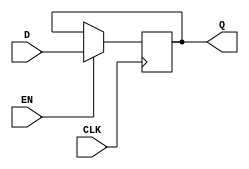
module Gated_DLatch (
    input D,
    input CLK,
    input EN,
    output reg Q
);

always @ (posedge CLK) begin
    if (EN == 1'b1) begin
        Q <= D;
    end
end

endmodule